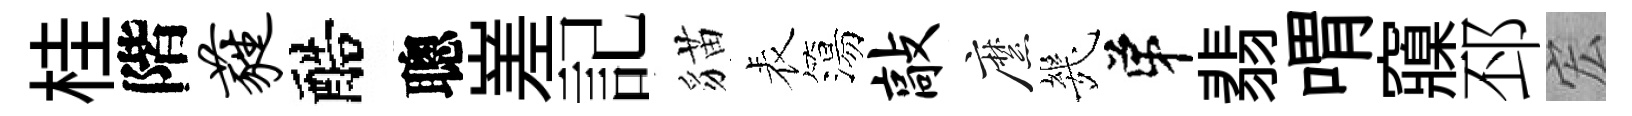
桂階蕤醅聰嵳記貓表簜敲縻㡬弟翡喟䆿邳宏